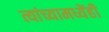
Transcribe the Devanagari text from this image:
त्यांच्यामध्येंही